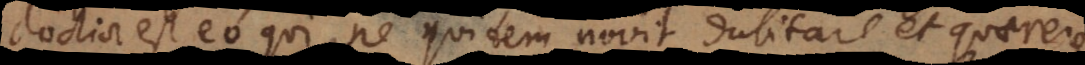
doctior est eo qui ne quidem novit dubitare et quaerere.